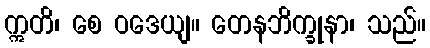
ဣတိ၊ စေ ဝဒေယျ။ တေနဘိက္ခုနာ၊ သည်။